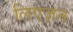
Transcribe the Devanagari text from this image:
लिएज़न